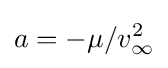
a=-{\mu /{v_{\infty }^{2}}}